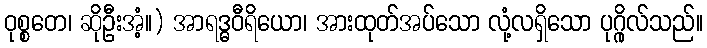
ဝုစ္စတေ၊ ဆိုဦးအံ့။) အာရဒ္ဓဝီရိယော၊ အားထုတ်အပ်သော လုံ့လရှိသော ပုဂ္ဂိုလ်သည်။